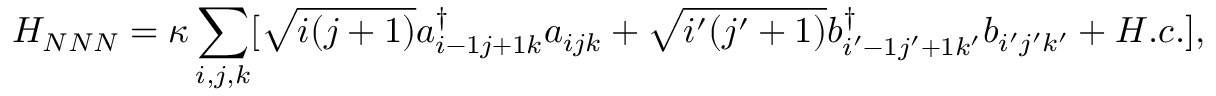
H _ { N N N } = \kappa \sum _ { i , j , k } [ \sqrt { i ( j + 1 ) } a _ { i - 1 j + 1 k } ^ { \dagger } a _ { i j k } + \sqrt { i ^ { \prime } ( j ^ { \prime } + 1 ) } b _ { i ^ { \prime } - 1 j ^ { \prime } + 1 k ^ { \prime } } ^ { \dagger } b _ { i ^ { \prime } j ^ { \prime } k ^ { \prime } } + H . c . ] ,